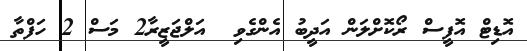
އޮޑިޓް އޮފީސް ރޯކޮށްލަން އަދީބު އެންގެވި  އަލްޖަޒީރާ2 މަސް 2 ހަފްތާ